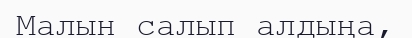
Малын салып алдыңа,